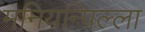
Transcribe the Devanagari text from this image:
मनियन्पिल्ला